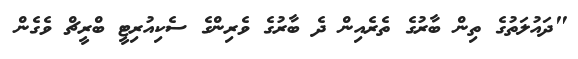
"ދައުލަތުގެ ތިން ބާރުގެ ތެރެއިން ދެ ބާރުގެ ވެރިންގެ ސެކިއުރިޓީ ބްރީޗް ވެގެން